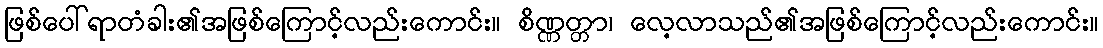
ဖြစ်ပေါ်ရာတံခါး၏အဖြစ်ကြောင့်လည်းကောင်း။ စိဏ္ဏတ္တာ၊ လေ့လာသည်၏အဖြစ်ကြောင့်လည်းကောင်း။